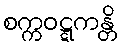
စက္ကဝဋ္ဋကန္တိ